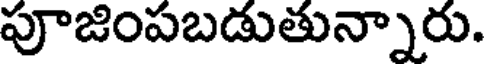
పూజింపబడుతున్నారు.